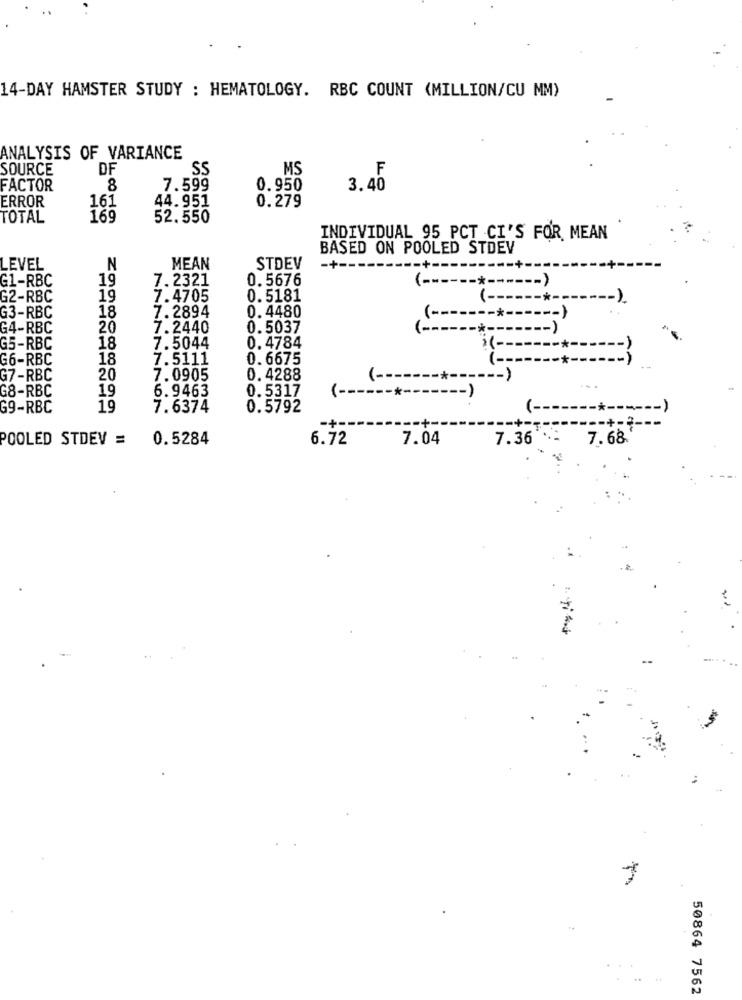
14-DAY HAMSTER STUDY : HEMATOLOGY. RBC COUNT (MILLION/CU MM)
ANALYSIS OF VARIANCE
SOURCE
DF
SS
MS
F
FACTOR
8
7.599
0.950
3.40
ERROR
161
44.951
0.279
TOTAL
169
52.550
INDIVIDUAL 95 PCT CI'S FOR, MEAN
BASED ON POOLED STDEV
LEVEL
N
MEAN
STDEV
-+ --
G1-RBC
19
7.2321
0. 5676
( ----
-*-
G2-RBC
19
7.4705
0.5181
(-
18
7.2894
0. 4480
G3-RBC
(-
G4-RBC
20
7.2440
0.5037
(-
-*-
G5-RBC
18
7.5044
0.4784
G6-RBC
18
7.5111
0. 6675
*--
G7-RBC
20
7.0905
0. 4288
( -------*------ )
G8-RBC
19
6.9463
0.5317
( ------*------- )
G9-RBC
19
7.6374
0.5792
(-
POOLED STDEV =
0.5284
6.72
7.04
7.36
7.68
..
50864 7562